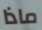
ماذا